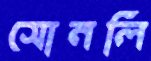
সোনলি